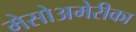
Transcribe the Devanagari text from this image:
मेसोअमेरीका